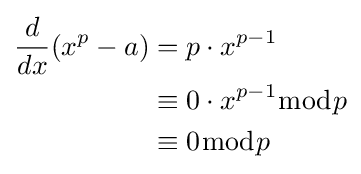
{\begin{aligned}{\frac {d}{dx}}(x^{p}-a)&=p\cdot x^{p-1}\\&\equiv 0\cdot x^{p-1}{\bmod {p}}\\&\equiv 0{\bmod {p}}\end{aligned}}